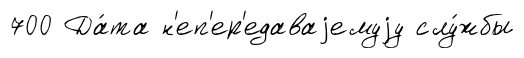
700 Да́та н'еп'ер'едаваjемуjу слу́жбы